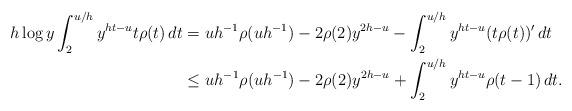
LaTeX: \begin{align*}h\log y\int_{2}^{u/h}y^{ht-u}t\rho(t)\,dt&=uh^{-1}\rho(uh^{-1})-2\rho(2)y^{2h-u}-\int_{2}^{u/h}y^{ht-u}(t\rho(t))'\,dt\\&\le uh^{-1}\rho(uh^{-1})-2\rho(2)y^{2h-u}+\int_{2}^{u/h}y^{ht-u}\rho(t-1)\,dt.\end{align*}